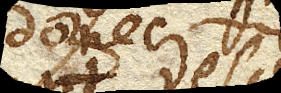
donec